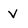
Character: v